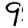
Digit: 9